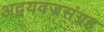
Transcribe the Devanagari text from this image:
अद्वयवज्रसंग्रह